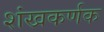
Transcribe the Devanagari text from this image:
शंखकर्णक